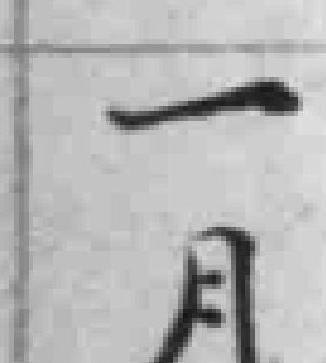
一月